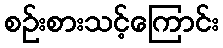
စဉ်းစားသင့်ကြောင်း